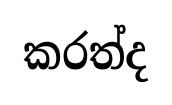
කරත්ද